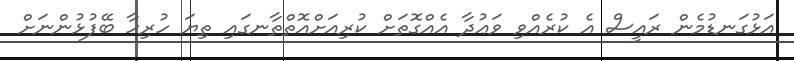
އަޅުގަނޑުމެން ރައީސް އެ ކުރެއްވި ވަޢުދާ އެއްގޮތަށް ކުރިއަށްއޮތްތާނގައި ތިޔަ ހުރިހާ ބޭފުޅުންނަށް